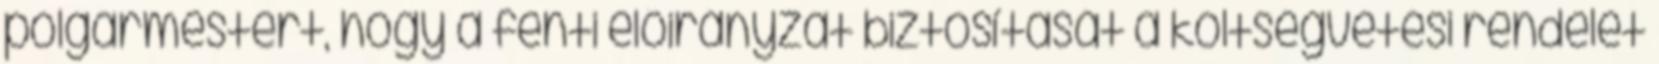
polgármestert, hogy a fenti előirányzat biztosítását a költségvetési rendelet